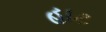
હાટ